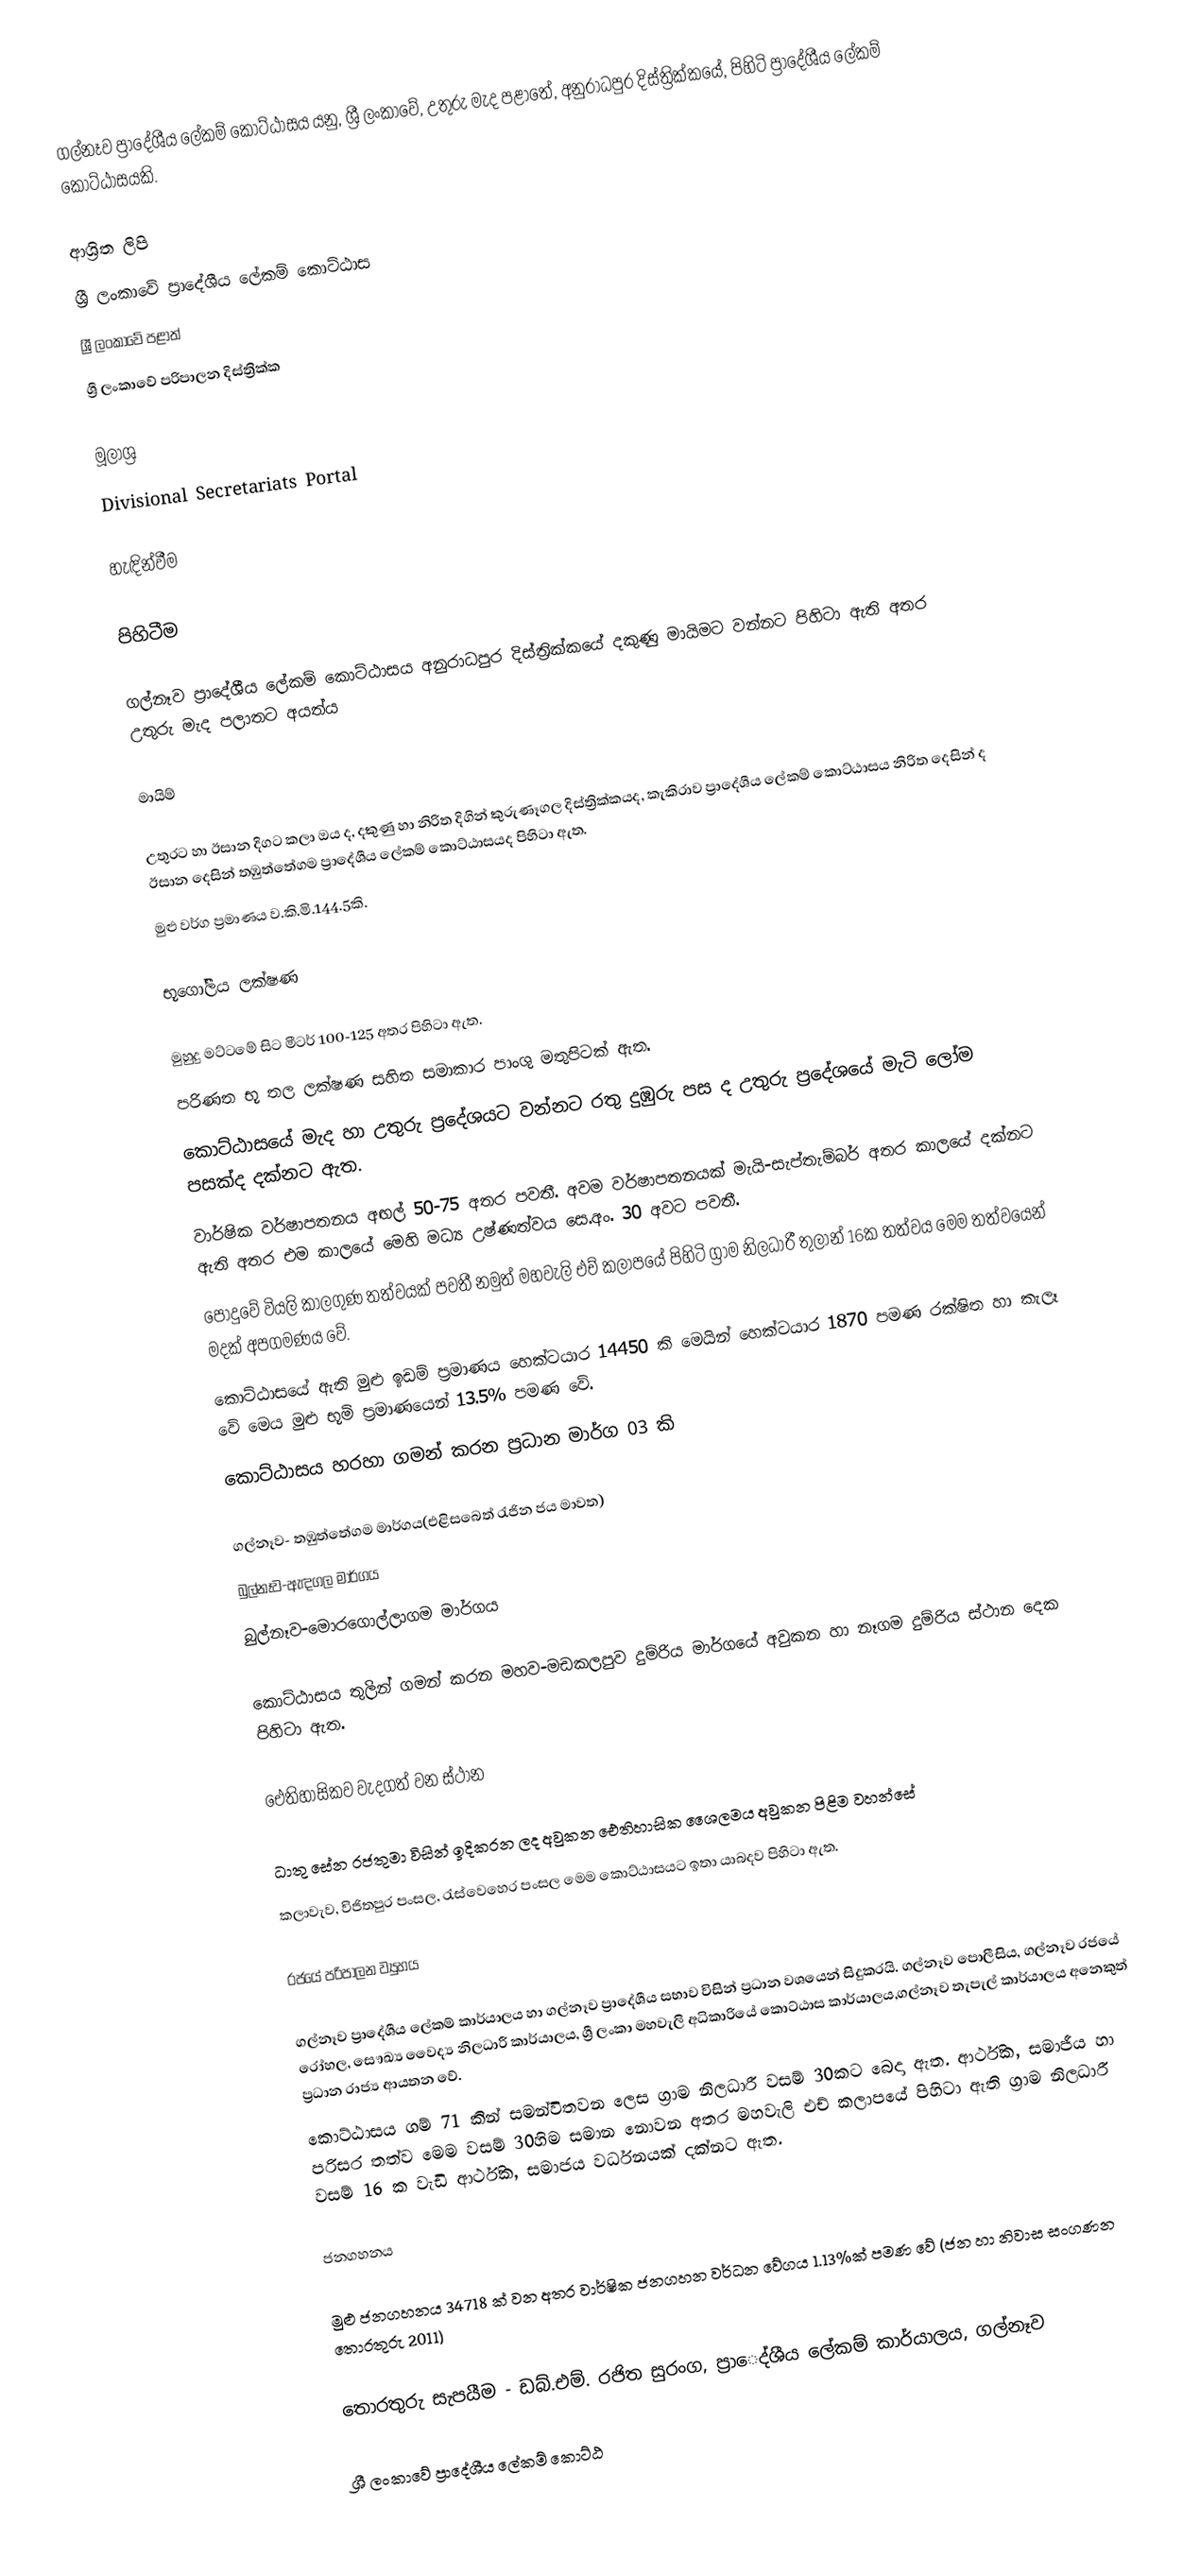
ගල්නෑව ප්‍රාදේශීය ලේකම් කොට්ඨාසය යනු,  ශ්‍රී ලංකාවේ,  උතුරු මැද පළාතේ,   අනුරාධපුර දිස්ත්‍රික්කයේ, පිහිටි ප්‍රාදේශීය ලේකම් කොට්ඨාසයකි.

ආශ්‍රිත ලිපි
ශ්‍රී ලංකාවේ ප්‍රාදේශීය ලේකම් කොට්ඨාස
ශ්‍රී ලංකාවේ පළාත්
ශ්‍රී ලංකාවේ පරිපාලන දිස්ත්‍රික්ක

මූලාශ්‍ර
  Divisional Secretariats Portal

හැඳින්වීම

පිහිටීම

ගල්නෑව ප්‍රාදේශීය ලේකම් කොට්ඨාසය අනුරාධපුර දිස්ත්‍රික්කයේ දකුණු මායිමට වන්නට පිහිටා ඇති අතර උතුරු මැද පලාතට අයත්ය

මායිම්

උතුරට හා ඊසාන දිගට කලා ඔය ද, දකුණු හා නිරිත දිගින් කුරුණෑගල දිස්ත්‍රික්කයද, කැකිරාව ප්‍රාදේශීය ලේකම් කොට්ඨාසය නිරිත දෙසින් ද ඊසාන දෙසින් තඹුත්තේගම ප්‍රාදේශීය ලේකම් කොට්ඨාසයද පිහිටා ඇත.‍
මුළු වර්ග ප්‍රමාණය ව.කි.මි.144.5කි.

භූගෝලීය ලක්ෂණ

මුහුදු මට්ටමේ සිට මීටර් 100-125 අතර පිහිටා ඇත.
පරිණත භූ තල ලක්ෂණ සහිත සමාකාර පාංශු මතුපිටක් ඇත.
කොට්ඨාසයේ මැද හා උතුරු ප්‍රදේශයට වන්නට රතු දුඹුරු පස ද  උතුරු ප්‍රදේශයේ මැටි ලෝම පසක්ද දක්නට ඇත.
වාර්ෂික වර්ෂාපතනය අඟල් 50-75 අතර පවතී. අවම වර්ෂාපතනයක් මැයි-සැප්තැම්බර් අතර කාලයේ දක්නට ඇති අතර එම කාලයේ මෙහි මධ්‍ය උෂ්ණත්වය  සෙ.අං. 30 අවට පවතී.
පොදුවේ වියලි කාලගුණ තත්වයක් පවතී නමුත් මහවැලි එච් කලාපයේ පිහිටි ග්‍රාම නිලධාරී තුලාන් 16ක තත්වය මෙම තත්වයෙන් මදක් අපගමණය වේ.
කොට්ඨාසයේ ඇති මුළු ඉඩම් ප්‍රමාණය හෙක්ටයාර 14450 කි මෙයින් හෙක්ටයාර 1870 පමණ රක්ෂිත හා කැලෑ වේ මෙය මුළු භූමි ප්‍රමාණයෙන් 13.5% පමණ ‍වේ.
කොට්ඨාසය හරහා  ගමන් කරන ප්‍රධාන මාර්ග 03 කි

ගල්නෑව- තඹුත්තේගම මාර්ගය(එළිසබෙත් රැජින ජය මාවත)
බුල්නෑව-ඇඳගල මාර්ගය
බුල්නෑව-මොරගොල්ලාගම මාර්ගය

කොට්ඨාසය තුලින් ගමන් කරන මහව-මඩකලපුව දුම්රිය මාර්ගයේ අවුකන හා නෑගම දුම්රිය ස්ථාන දෙක පිහිටා ඇත.

ඓතිහාසිකව වැදගත් වන ස්ථාන

ධාතු සේන රජතුමා විසින් ඉදිකරන ලද අවුකන ‍ඓතිහාසික ශෛලමය අවුකන පිළිම වහන්සේ
කලාවැව, විජිතපුර පංසල, රැස්වෙහෙර පංසල මෙම කොට්ඨාසයට ඉතා යාබදව පිහිටා ඇත.

රජයේ පරිපාලන ව්‍යුහය

ගල්නෑව ප්‍රාදේශීය ලේකම් කාර්යාලය හා ගල්නෑව ප්‍රාදේශීය සභාව විසින් ප්‍රධාන වශයෙන් සිදුකරයි. ගල්නෑව පොලීසිය, ගල්නෑව රජයේ රෝහල, සෞඛ්‍ය වෛද්‍ය නිලධාරී කාර්යාලය, ශ්‍රී ලංකා මහවැලි අධිකාරියේ කොට්ඨාස කාර්යාලය,ගල්නෑව තැපැල් කාර්යාලය අනෙකුත් ප්‍රධාන රාජ්‍ය ආයතන වේ.
කොට්ඨාසය ගම් 71 කින් සමන්විතවන ලෙස ග්‍රාම නිලධාරී වසම් 30කට බෙදා ඇත. ආර්ථික, සමාජීය හා පරිසර තත්ව මෙම වසම් 30හිම සමාන නොවන අතර මහවැලි එච් කලාපයේ පිහිටා ඇති ග්‍රාම නිලධාරී වසම් 16 ක  වැඩි ආර්ථික, සමාජය  වර්ධනයක් දක්නට ඇත.

ජනගහනය

මුළු ජනගහනය 34718 ක් වන අතර වාර්ෂික ජනගහන වර්ධන වේගය 1.13%ක් පමණ වේ (ජන හා නිවාස සංගණන තොරතුරු 2011)

තොරතුරු  සැපයීම  - ඩබ්.එම්. රජිත සුරංග, ප්‍රාෙද්ශීය ලේකම් කාර්යාලය, ගල්නෑව

ශ්‍රී ලංකාවේ ප්‍රාදේශීය ලේකම් කොට්ඨ